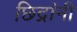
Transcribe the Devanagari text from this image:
छिद्रांनी